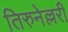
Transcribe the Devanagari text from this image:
तिरुनेल्लरी